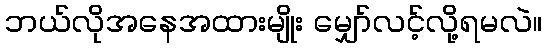
ဘယ်လိုအနေအထားမျိုး မျှော်လင့်လို့ရမလဲ။